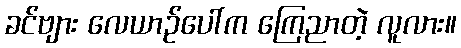
ခင်ဗျား လေယာဉ်ပေါ်က ကြေညာတဲ့ လူလား။